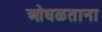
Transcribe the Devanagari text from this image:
ओघळताना